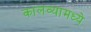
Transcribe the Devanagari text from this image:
कालव्यामध्ये